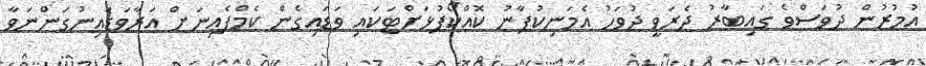
އުމުރުން ދުވަސްވެ ގައިބާރު ދެރަވީ ދުވަހު އެމަނިކުފާނު ކޮއްކޯފުޅަށްޓަކައި ވަޑައިގެން ކެމްޕެއިނަށް އަރާވަޑައިނުގަންނަވާ